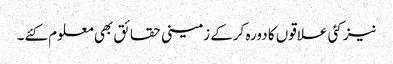
نیز کئی علاقوں کا دورہ کرکے زمینی حقائق بھی معلوم کئے۔